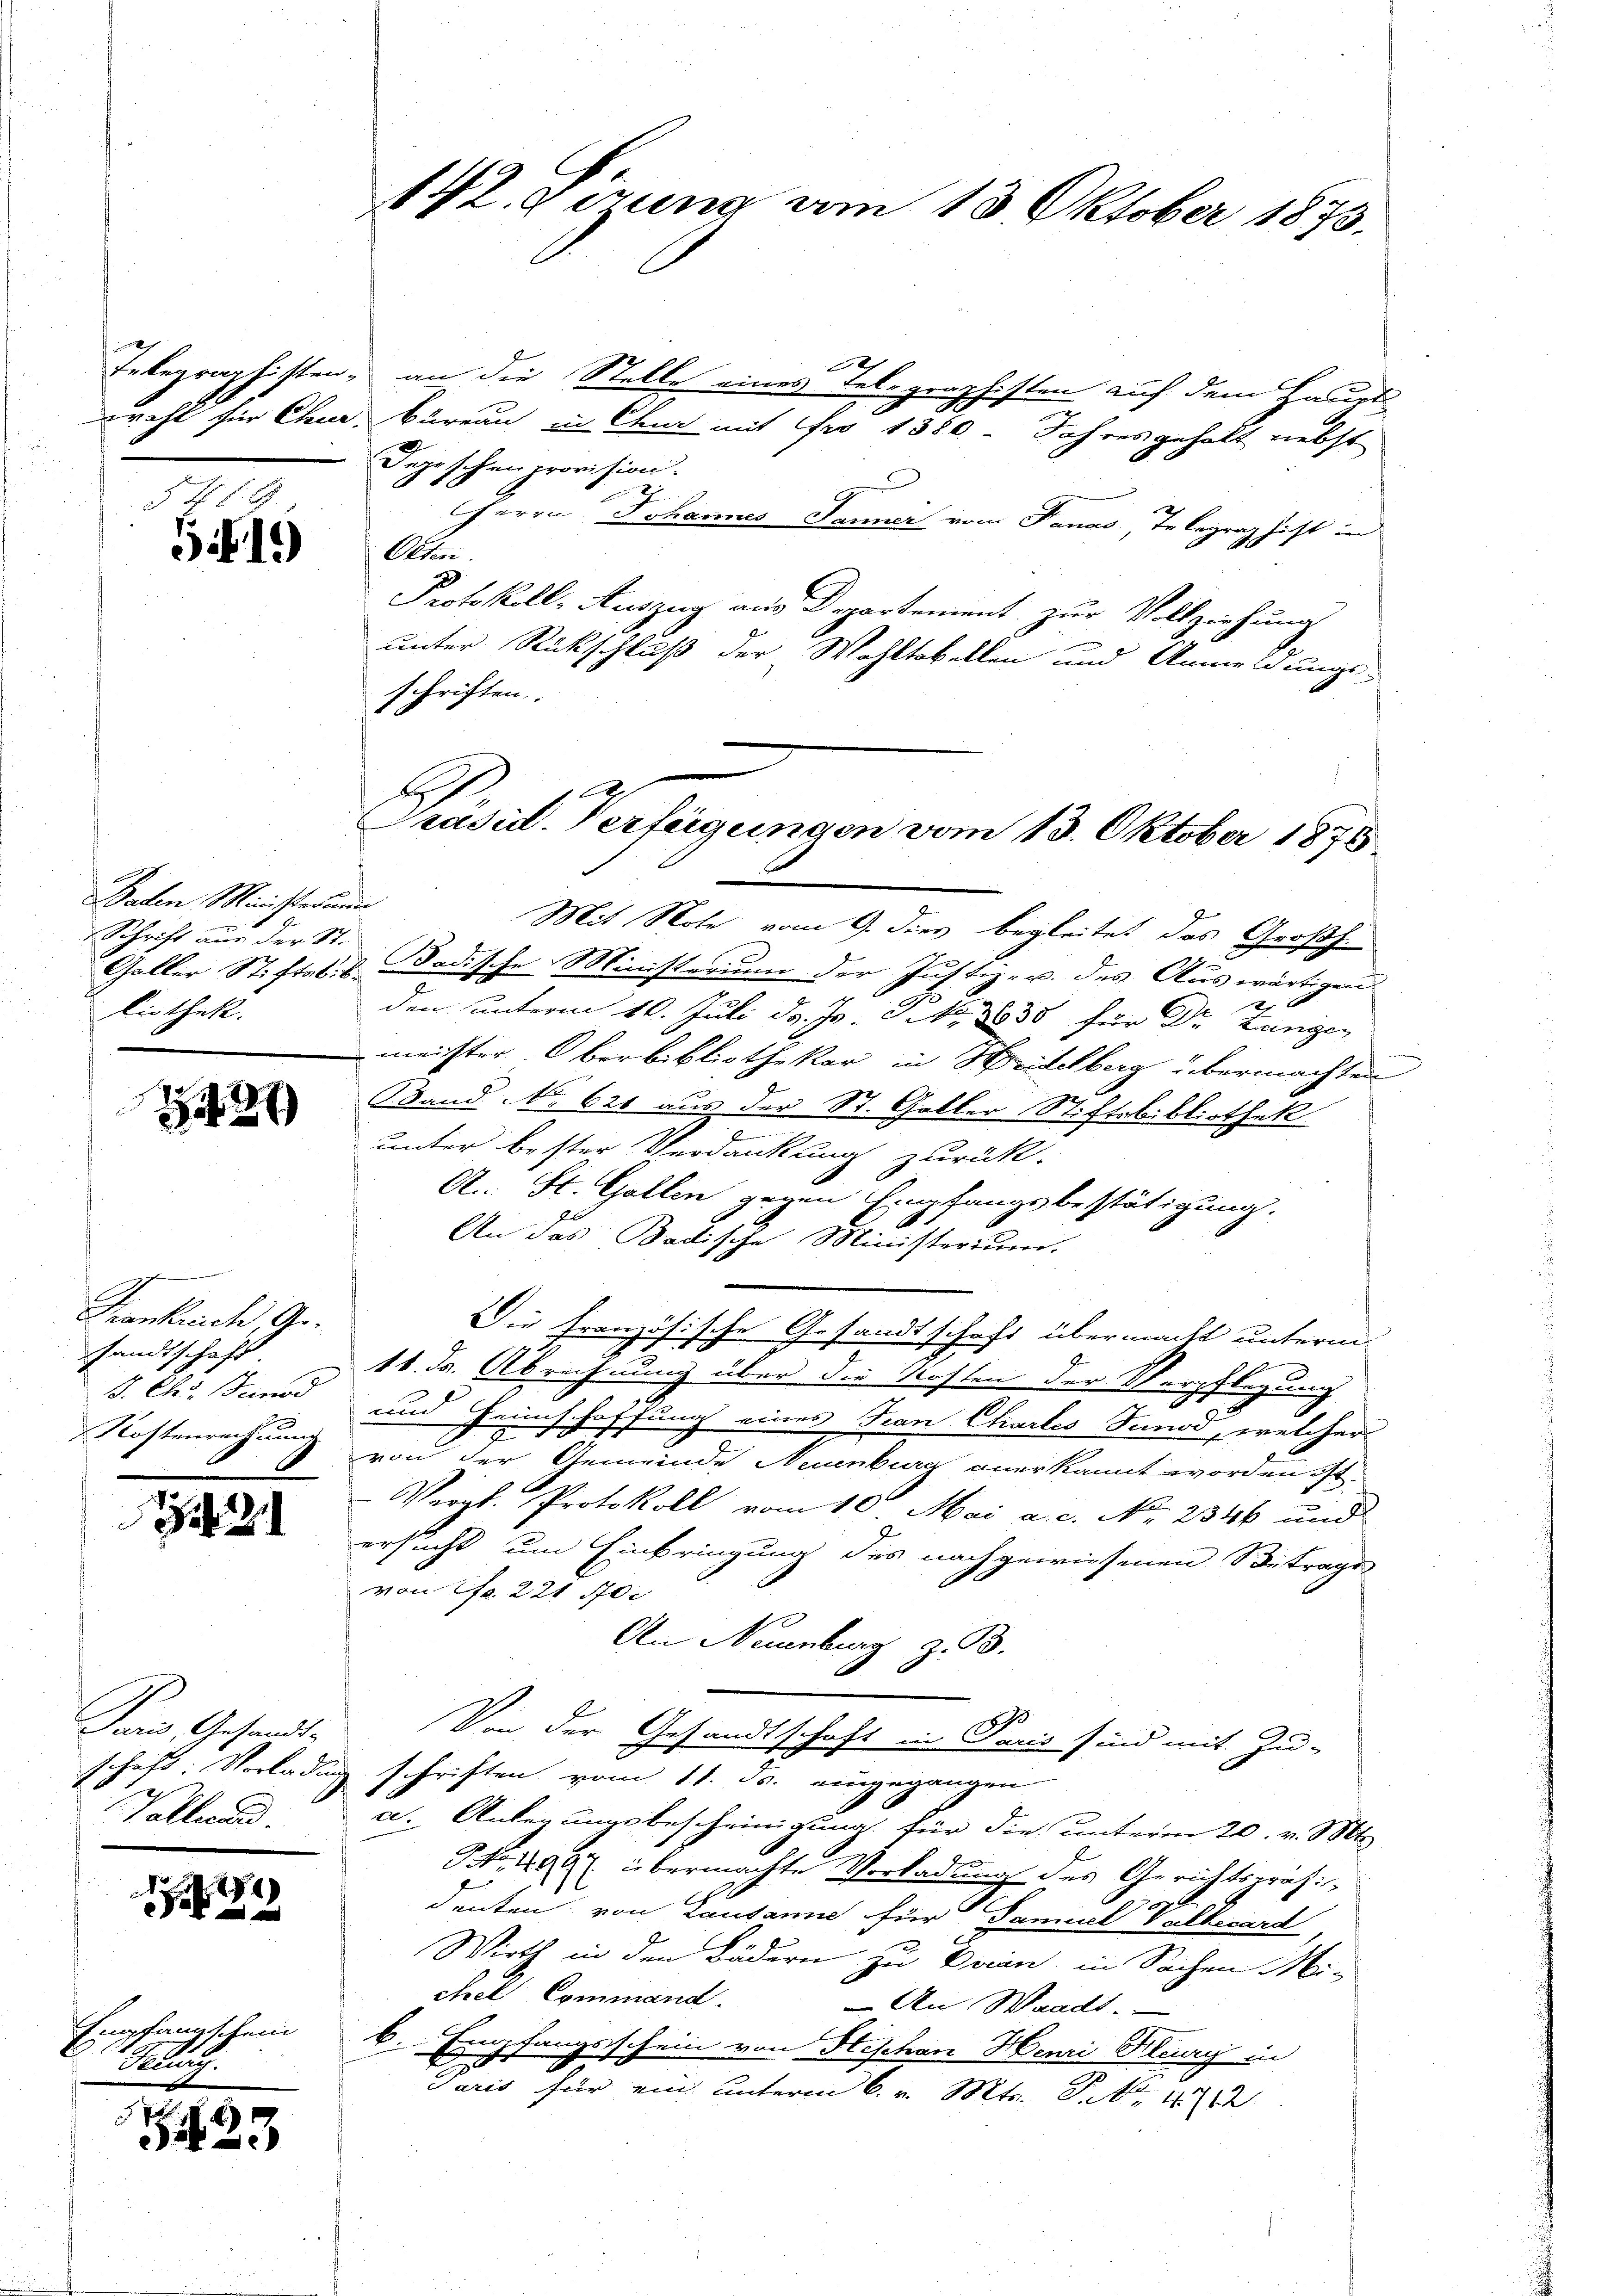
519

.
Saden Ministerium
Schrift aus der St.
liothek.

2421

Frankreich, Ge-
sandtschaft
8. Chr. Bund
Rostenrechnung

e

7

Tois Gesandte
schaft. Verladung
Vallend.

14)

Enpfangschein
 Flurg

23

142. gerung am 13. Oktober 1873.

e
Inbegraphisten, an die Stelle eines Telegraphisten auf dem Haupt-
ureht für Chur, Büreau in Chur mit Fro 1880. Jahres gehalt nebst
Depeschen provision.
d
7
Herrn Johannes Janei vom Janas Telegraphicht in
Otten.
Protokoll- Auszug aus Departement zur Vollziehung
unter Rückschluß der Wohltobellen und Anmeldungs-
schriften.
Mit Note vom 9. dies begleitet das Großh.
Galler Stiftes. v. Badische Ministerium der Justiz- u. des Auswärtigen
5
den unterm 10. Juli d. Js. 3. No. 8638 für Dr. Zungen
meister Oberbibliothekar in Weidelbarg übermachten
Band No 621 aus der St. Galler Stiftbibliothek
unter bester Verdankung zurück.
A. St. Gallen gegen Empfangsbestätigung.
An das Badische Ministerium.
Die Französische Gesandtschaft übermacht unterm
11. ds. Abrechnung über die Kosten der Verpflegung
und Heimschaffung eines Fran Chartes Tunod, welcher
d
von der Gemeinde Neuenburg anerkannt worden ist.
Vergl. Protokoll vom 10. Mai a. c. No. 2346 und
ersucht um Einbringung des nachgewiesenen Betrage
von fr. 221. 50c
An Neuenburg z. B.
Von der Gesandtschaft in Paris sind mit Zu-
schriften vom 11. Js. eingegangen
a. Anlegungsbescheinigung für die unterm 20. v. Mts.
NNo. 404 übermachte Verladung des Gerichtspräsidenten von Lausanne für Samuel Völkerard
Wirth in den Bädern zu Brien, in Sachen Mi-
chel Command.
An Waadt.
b. Empfangsschein von Hischen Henri Flury in
Paris für ein unterm 6. v. Mts. S. 12

Präsid. Verfügungen vom 13. Oktober 1875